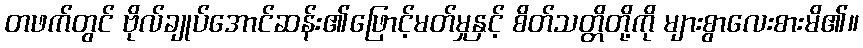
တဖက်တွင် ဗိုလ်ချုပ်အောင်ဆန်း၏ဖြောင့်မတ်မှုနှင့် စိတ်သတ္တိတို့ကို များစွာလေးစားမိ၏။